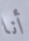
أنا